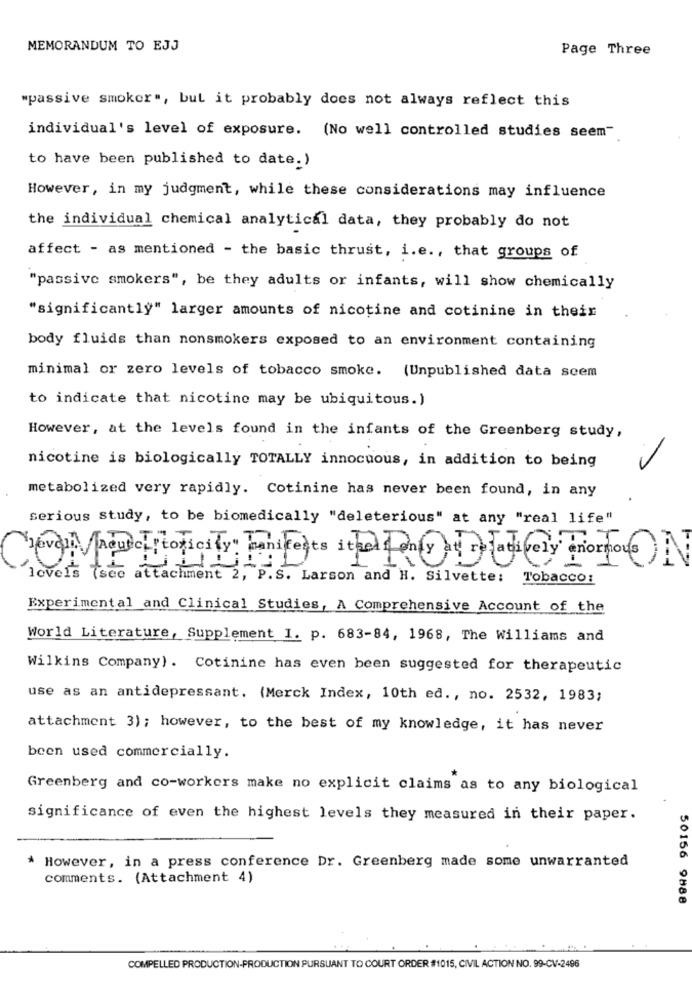
MEMORANDUM TO EJJ
Page Three
"passive smoker", but it probably does not always reflect this
individual's level of exposure. (No well controlled studies seem"
to have been published to date.)
However, in my judgment, while these considerations may influence
the individual chemical analytical data, they probably do not
affect - as mentioned - the basic thrust, i.e ., that groups of
"passive smokers", be they adults or infants, will show chemically
"significantly" larger amounts of nicotine and cotinine in their
body fluids than nonsmokers exposed to an environment containing
minimal or zero levels of tobacco smoke. (Unpublished data seem
to indicate that nicotine may be ubiquitous.)
However, at the levels found in the infants of the Greenberg study,
nicotine is biologically TOTALLY innocuous, in addition to being
metabolized very rapidly. Cotinine has never been found, in any
serious study, to be biomedically "deleterious" at any "real life"
F -- 1
levels (see attachment 2, P.S. Larson and H. Silvette:
Tobacco:
Experimental and Clinical Studies, A Comprehensive Account of the
World Literature, Supplement I. p. 683-84, 1968, The Williams and
Wilkins Company). Cotinine has even been suggested for therapeutic
use as an antidepressant. {Merck Index, 10th ed ., no. 2532, 1983;
attachment 3); however, to the best of my knowledge, it has never
been used commercially.
Greenberg and co-workers make no explicit claims as to any biological
significance of even the highest levels they measured in their paper.
* However, in a press conference Dr. Greenberg made some unwarranted
comments. (Attachment 4)
50156 9888
COMPELLED PRODUCTION-PRODUCTION PURSUANT TO COURT ORDER #1015, CIVIL ACTION NO. 99-CV-2496